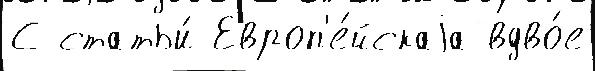
С статьи́ Европ'е́йскаjа вдво́е